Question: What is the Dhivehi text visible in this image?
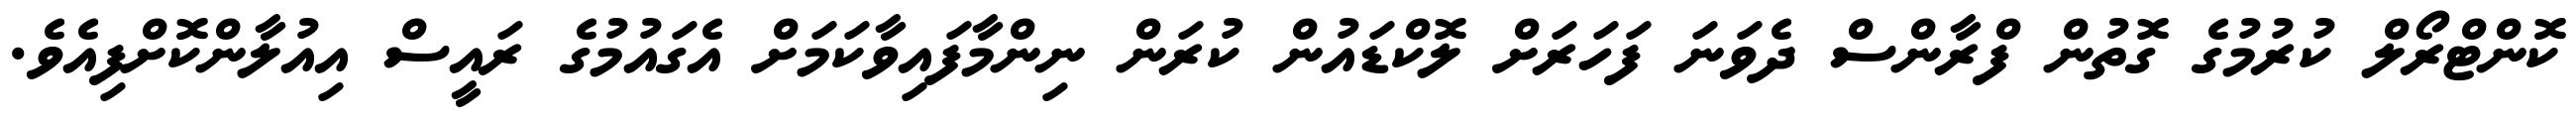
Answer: ކޮންޓްރޯލް ކުރުމުގެ ގޮތުން ފްރާންސް ދެވަނަ ފަހަރަށް ލޮކްޑައުން ކުރަން ނިންމާފައިވާކަމަށް އެގައުމުގެ ރައީސް އިއުލާންކޮށްފިއެވެ.